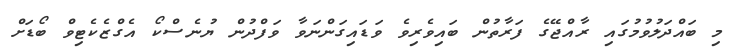
މި ބައްދަލުވުމުގައި ރާއްޖޭގެ ފަރާތުން ބައިވެރިވެ ވަޑައިގަންނަވާ ވަފްދުން ޔުނެސްކޯ އެގްޒެކެޓިވް ބޯޑަށް